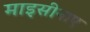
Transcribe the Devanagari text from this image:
माइसीनाए